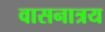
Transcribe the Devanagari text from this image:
वासनात्रय